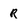
Character: R